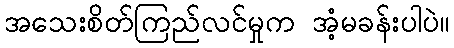
အသေးစိတ်ကြည်လင်မှုက အံ့မခန်းပါပဲ။